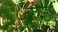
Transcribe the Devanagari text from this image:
टेराई